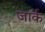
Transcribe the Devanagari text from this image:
जार्क